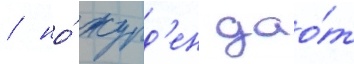
/ но́ журд'ен дао́т